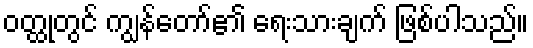
ဝတ္ထုတွင် ကျွန်တော်၏ ရေးသားချက် ဖြစ်ပါသည်။